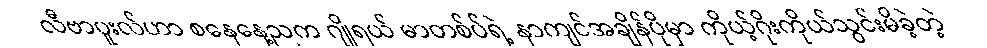
လီဗာပူးလ်ဟာ စနေနေ့ညက ဂျိုရယ် မာတစ်ပ်ရဲ့ နာကျင်အချိန်ပိုမှာ ကိုယ့်ဂိုးကိုယ်သွင်းမိခဲ့တဲ့